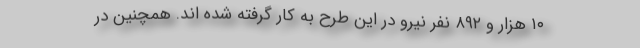
۱۰ هزار و ۸۹۲ نفر نیرو در این طرح به کار گرفته شده اند. همچنین در